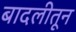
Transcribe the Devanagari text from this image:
बादलीतून